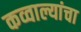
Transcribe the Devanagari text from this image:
कव्वाल्यांचा